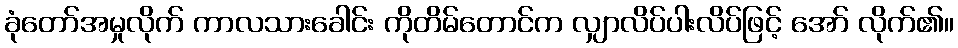
ခုံတော်အမှုလိုက် ကာလသားခေါင်း ကိုတိမ်တောင်က လျှာလိပ်ပါးလိပ်ဖြင့် အော် လိုက်၏။